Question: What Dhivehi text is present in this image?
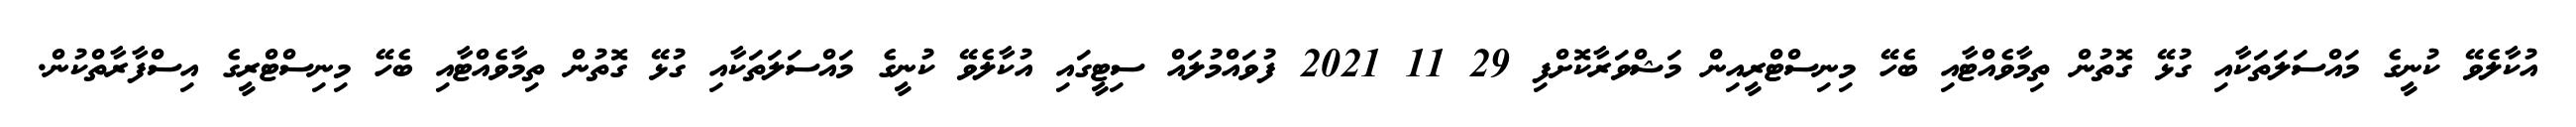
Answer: އުކާލެވޭ ކުނީގެ މައްސަލަތަކާއި ގުޅޭ ގޮތުން ތިމާވެއްޓާއި ބެހޭ މިނިސްޓްރީއިން މަޝްވަރާކޮށްފި 29 11 2021 ފުވައްމުލައް ސިޓީގައި އުކާލެވޭ ކުނީގެ މައްސަލަތަކާއި ގުޅޭ ގޮތުން ތިމާވެއްޓާއި ބެހޭ މިނިސްޓްރީގެ އިސްފާރާތްކުން.